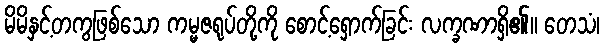
မိမိနှင့်တကွဖြစ်သော ကမ္မဇရုပ်တို့ကို စောင့်ရှောက်ခြင်း လက္ခဏာရှိ၏။ တေသံ၊